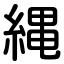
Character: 縄